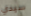
سيدي